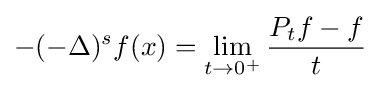
-(-\Delta )^{s}f(x)=\lim _{t\to 0^{+}}{\frac {P_{t}f-f}{t}}